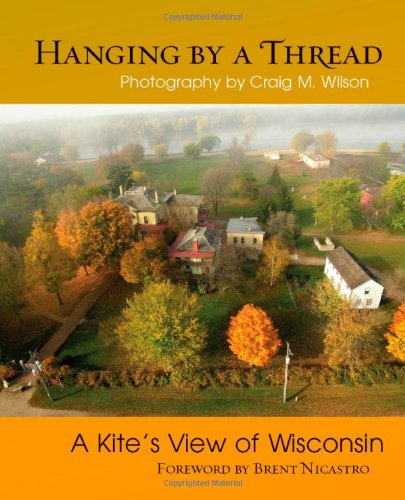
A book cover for Hanging by a Thread: A KiteEEs View of Wisconsin; Arts & Photography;